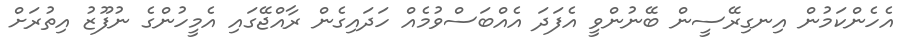
އެހެންކަމުން އިނގިރޭސީން ބޭނުންވީ އެފަދަ އެއްބަސްވުމެއް ހަދައިގެން ރާއްޖޭގައި އެމީހުންގެ ނުފޫޒު އިތުރަށް